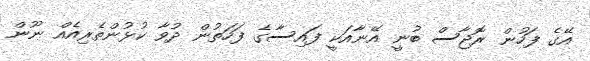
އޭގެ ފަހުން ރޮޖާސް ބުނީ އޭނާއަކީ ފައިސާގެ ފަހަތުން ދުވާ ކުޅުންތެރިއެއް ނޫން